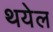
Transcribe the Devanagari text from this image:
थयेल